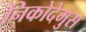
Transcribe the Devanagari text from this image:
निकोदेमुस